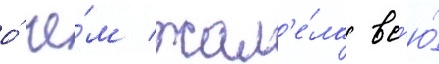
о́ че́м жал'е́ла вс'ю́